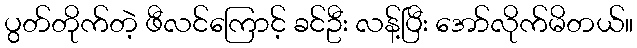
ပွတ်တိုက်တဲ့ ဖီလင်ကြောင့် ခင်ဦး လန့်ပြီး အော်လိုက်မိတယ်။